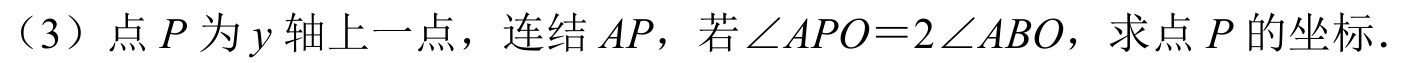
（3）点 \(P\) 为 \(y\) 轴上一点，连结 \(AP\)，若 \(\angle APO = 2\angle ABO\)，求点 \(P\) 的坐标．